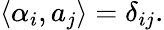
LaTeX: \langle\alpha_{i},a_{j}\rangle=\delta_{ij}.